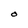
Character: O